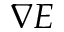
\nabla E